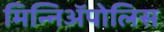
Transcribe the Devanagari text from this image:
मिन्निअॅपोलिस